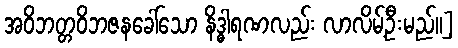
အဝိဘတ္တဝိဘဇနခေါ်သော နိဒ္ဓါရဏလည်း လာလိမ့်ဦးမည်။]